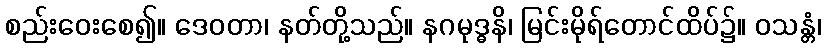
စည်းဝေးစေ၍။ ဒေဝတာ၊ နတ်တို့သည်။ နဂမုဒ္ဓနိ၊ မြင်းမိုရ်တောင်ထိပ်၌။ ဝသန္တံ၊